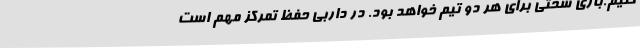
کنیم.بازی سختی برای هر دو تیم خواهد بود. در داربی حفظ تمرکز مهم است